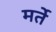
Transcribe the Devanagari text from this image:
मर्ते